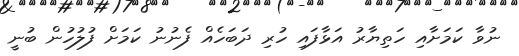
ނުވާ ކަމަށާއި ހަތިޔާރު އަޅާފައި ހުރި ދަބަހެއް ފެނުނު ކަމަށް ފުލުހުން ބުނީ